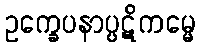
ဥက္ခေပနာပ္ပဋိကမ္မေ